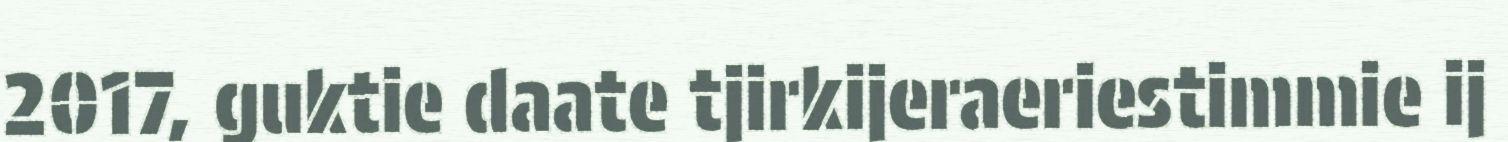
2017, guktie daate tjirkijeraeriestimmie ij